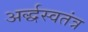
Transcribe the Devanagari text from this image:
अर्द्धस्वतंत्र